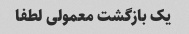
یک بازگشت معمولی لطفا